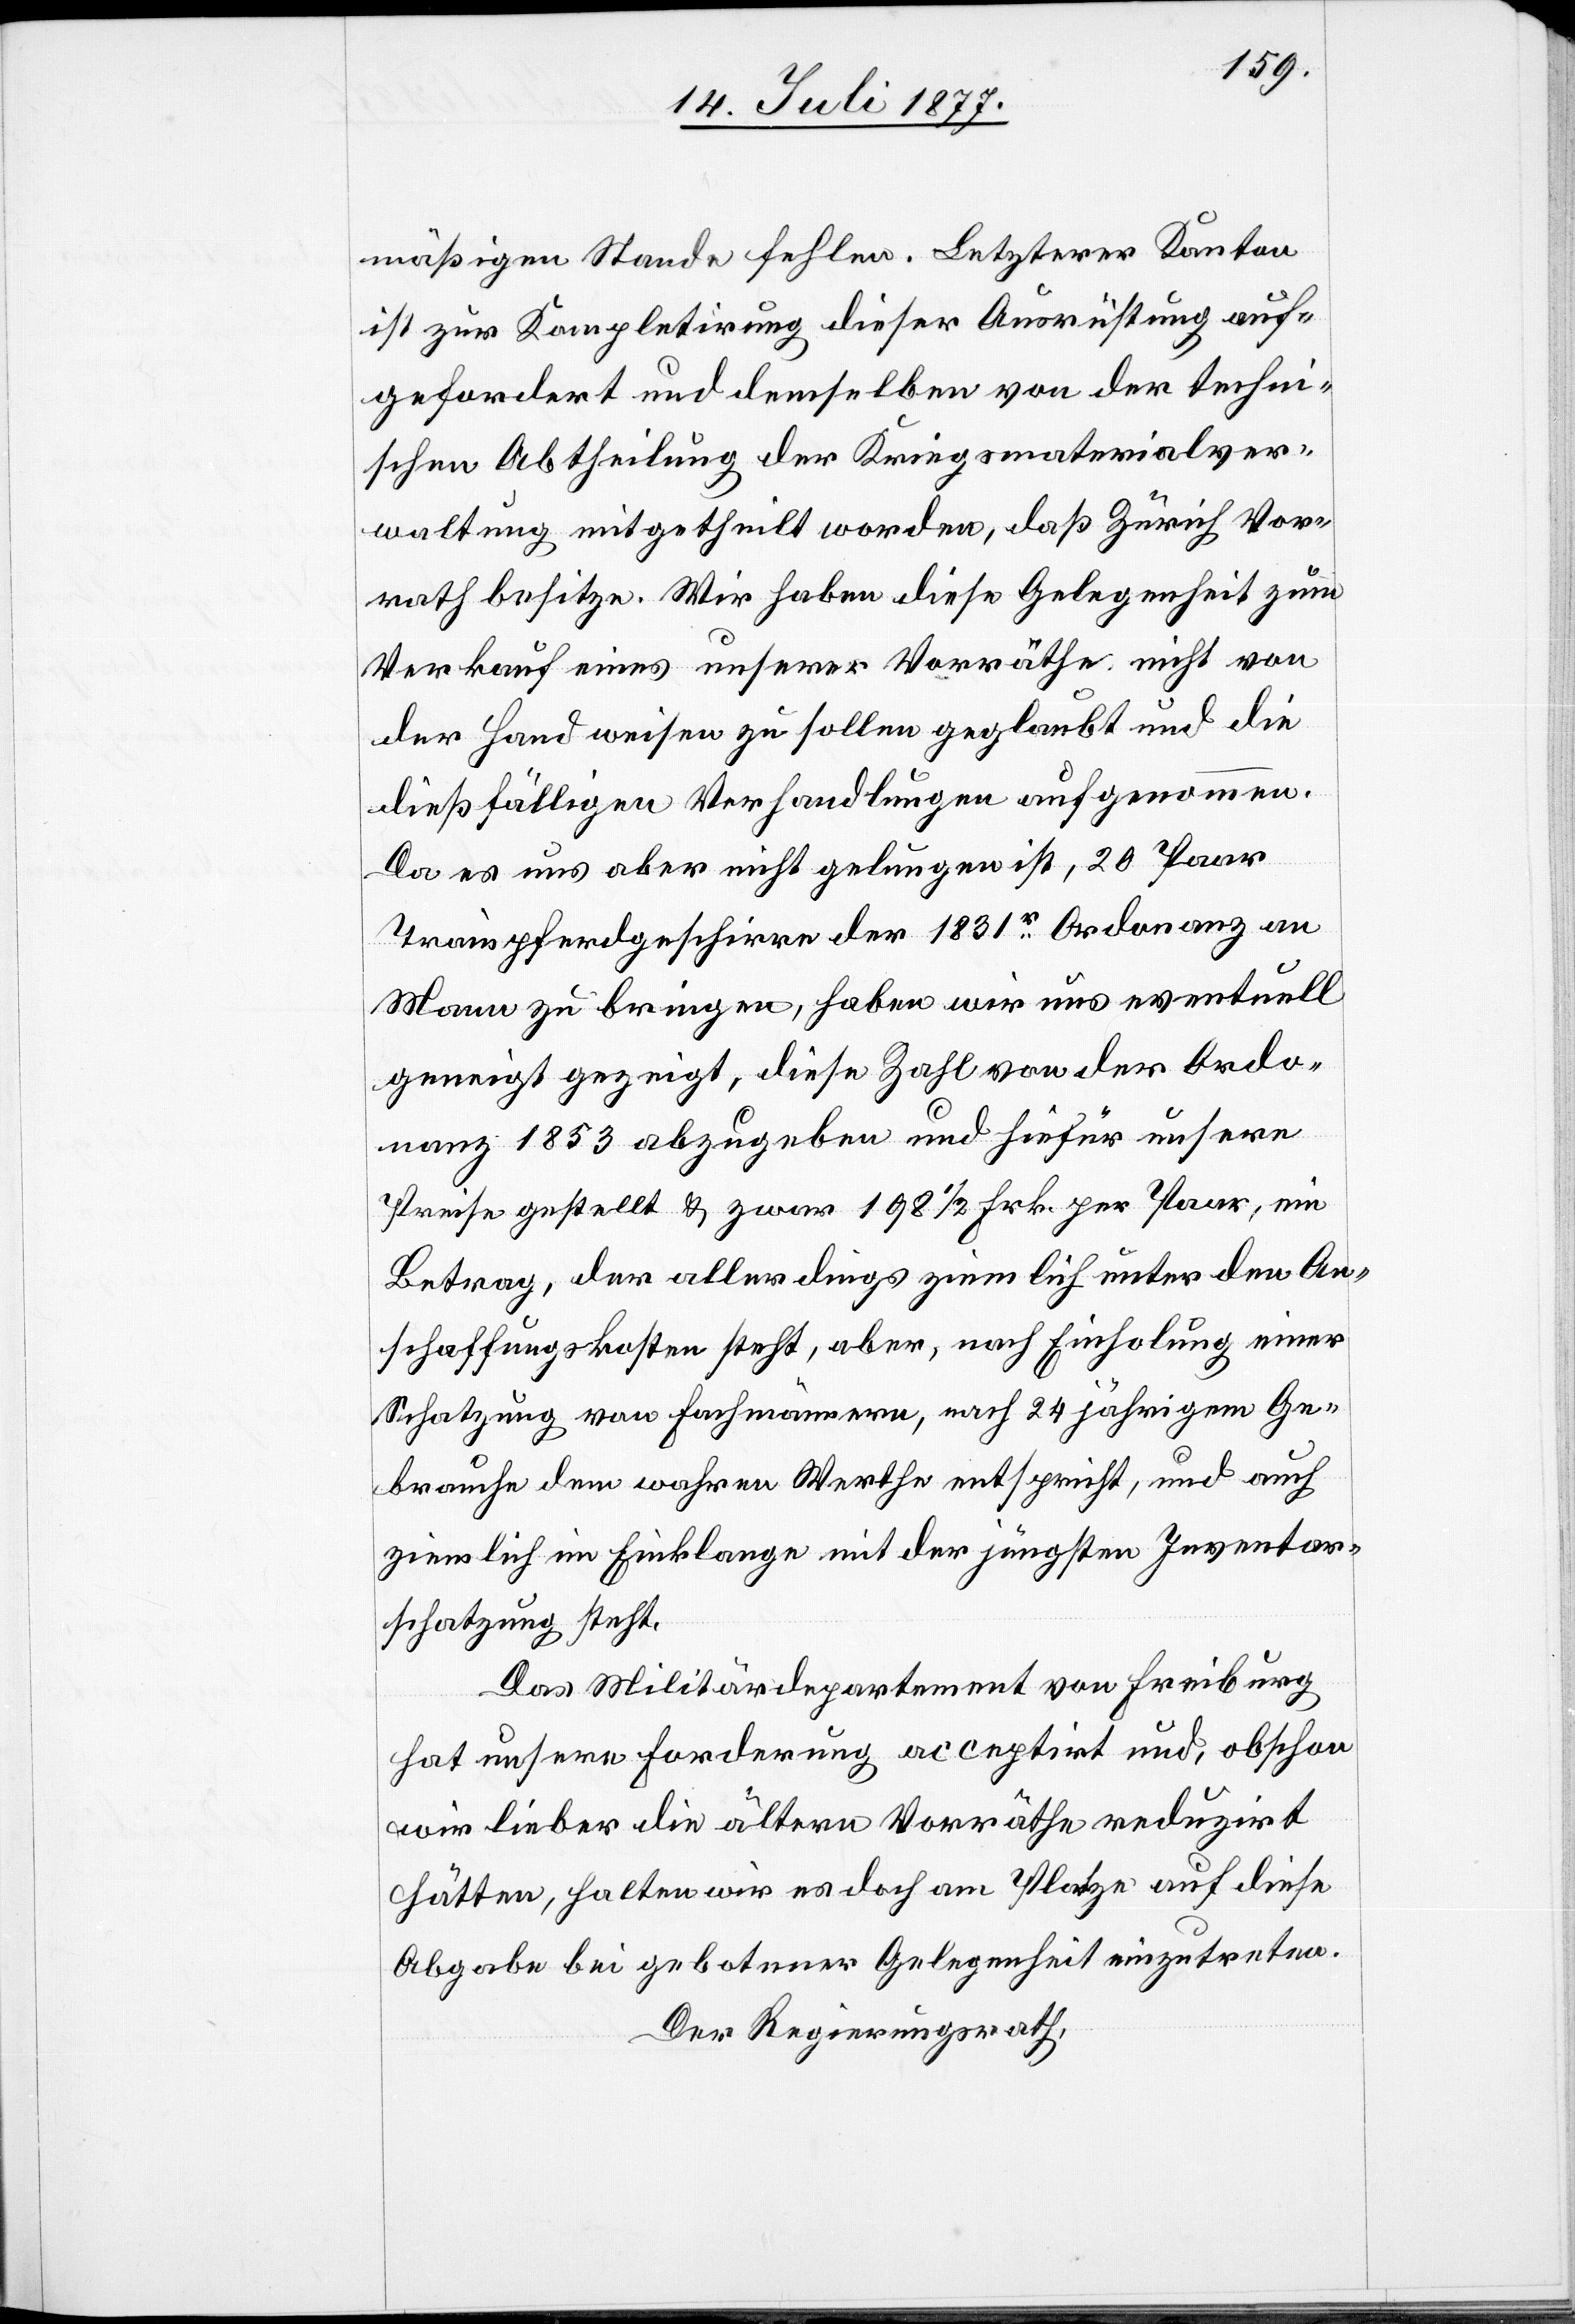
mäßigen Stande fehlen. Letzterer Kanton
ist zur Kompletirung dieser Ausrüstung auf¬
gefordert und demselben von der techni¬
schen Abtheilung der Kriegsmaterialver¬
waltung mitgetheilt worden, daß Zürich Vor¬
rath besitze. Wir haben diese Gelegenheit zum
Verkauf eines unserer Vorräthe nicht von
der Hand weisen zu sollen geglaubt und die
dießfälligen Verhandlungen aufgenommen.
Da es uns aber nicht gelungen ist, 20 Paar
Trainpferdgeschirre der 1831r Ordonanz an
Mann zu bringen, haben wir uns eventuell
geneigt gezeigt, diese Zahl von der Ordo¬
nanz 1853 abzugeben und hiefür unsere
Preise gestellt & zwar 198 1/2 Frk. per Paar, ein
Betrag, der allerdings ziemlich unter den An¬
schaffungskosten steht, aber, nach Einholung einer
Schatzung von Fachmännern, nach 24 jährigem Ge¬
brauche dem wahren Werthe entspricht, und auch
ziemlich im Einklange mit der jüngsten Inventar¬
schatzung steht.
Das Militärdepartement von Freiburg
hat unsere Forderung acceptirt und, obschon
wir lieber die ältern Vorräthe reduzirt
hätten, halten wir es doch am Platze auf diese
Abgabe bei gebotener Gelegenheit einzutreten.
Der Regierungsrath,